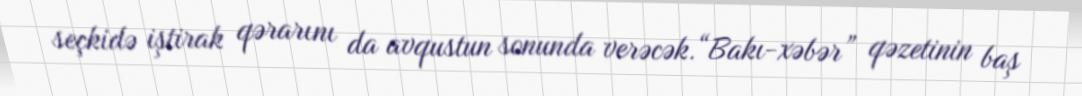
seçkidə iştirak qərarını da avqustun sonunda verəcək.“Bakı-xəbər” qəzetinin baş